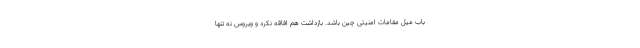
باب میل مقامات امنیتی چین باشد. بازداشت هم افاقه نکرد و ویروس نه تنها